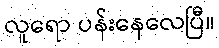
လူရော ပန်းနေလေပြီ။